Vaccination in Bombay 1863-1868 - 1863-1868
Year: 1863
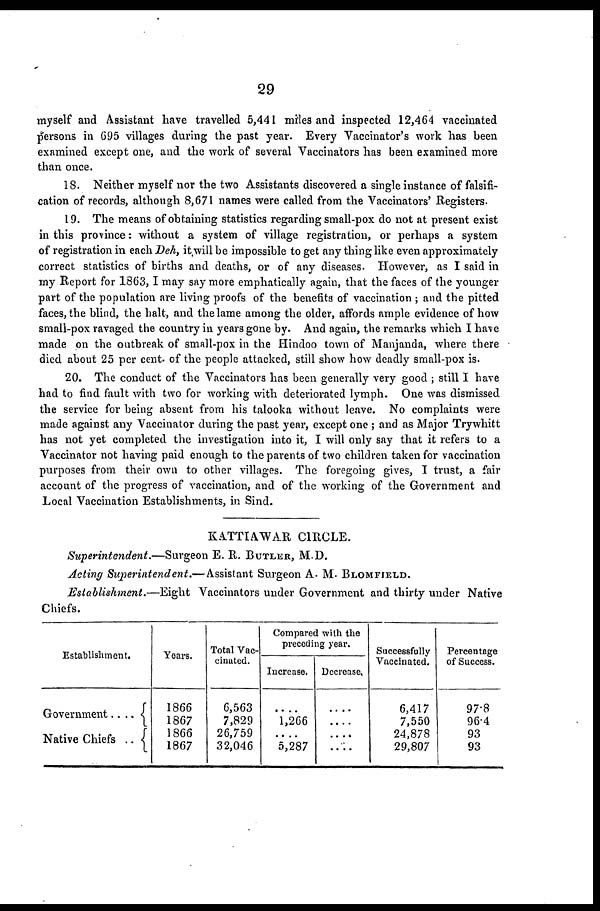
29
myself and Assistant have travelled 5,441 miles and inspected 12,464 vaccinated
persons in 695 villages during the past year. Every Vaccinator's work has been
examined except one, and the work of several Vaccinators has been examined more
than once.
18. Neither myself nor the two Assistants discovered a single instance of falsifi-
cation of records, although 8,671 names were called from the Vaccinators' Registers.
19. The means of obtaining statistics regarding small-pox do not at present exist
in this province: without a system of village registration, or perhaps a system
of registration in each Deh, it will be impossible to get any thing like even approximately
correct statistics of births and deaths, or of any diseases. However, as I said in
my Report for 1863,I may say more emphatically again, that the faces of the younger
part of the population are living proofs of the benefits of vaccination ; and the pitted
faces, the blind, the halt, and the lame among the older, affords ample evidence of how
small-pox ravaged the country in years gone by. And again, the remarks which I have
made on the outbreak of small-pox in the Hindoo town of Manjanda, where there
died about 25 per cent. of the people attacked, still show how deadly small-pox is.
20. The conduct of the Vaccinators has been generally very good ; still I have
had to find fault with two for working with deteriorated lymph. One was dismissed
the service for being absent from his talooka without leave. No complaints were
made against any Vaccinator during the past year, except one ; and as Major Trywhitt
has not yet completed the investigation into it, I will only say that it refers to a
Vaccinator not having paid enough to the parents of two children taken for vaccination
purposes from their own to other villages. The foregoing gives, I trust, a fair
account of the progress of vaccination, and of the working of the Government and
Local Vaccination Establishments, in Sind.
KATTIAWAR CIRCLE.
Superintendent.—Surgeon
E. R. BUTLER, M.D.
Acting Superintendent.—Assistant
Surgeon A. M. BLOMFIELD.
Establishment.—Eight
Vaccinators under Government and thirty under Native
Chiefs.
Establishment.
Government....
Native Chiefs ..
Years.
1866
1867
1866
1867
Total Vac-
cinated.
6,563
7,829
26,759
32,046
Compared with the
preceding year.
Increase.
....
1,266
....
5,287
Decrease,
....
....
....
....
Successfully
Vaccinated.
6,417
7,550
24,878
29,807
Percentage
of Success.
97.8
96.4
93
93